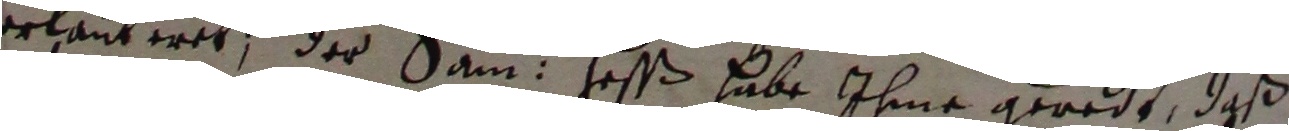
erlauteret, der sam. Hesß habe ihme geredt, daß